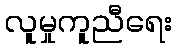
လူမှုကူညီရေး